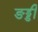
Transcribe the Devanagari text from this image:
ङड्डी